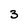
Character: 3